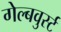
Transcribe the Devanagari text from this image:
गेल्बवुर्स्ट